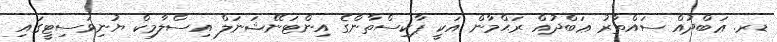
ޑރ. ޢަބްދުއް ސައްތާރު ޢަބްދުއް ރަޙްމާން އަކީ ޕާކިސްތާންގެ އިންޓަނޭޝަނަލް އިސްލާމިކް ޔުނިވަސިޓީގައި